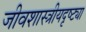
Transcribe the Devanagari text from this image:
जीवशास्त्रीयदृष्ट्या